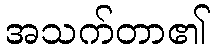
အသက်တာ၏